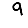
Digit: 9